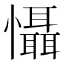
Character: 懾